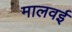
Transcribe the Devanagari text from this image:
मालवई